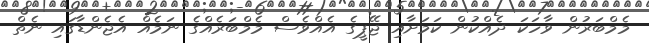
މެމްބަރުން ވާހަކަ ދެއްކުން ކަމަށާއި ޖޭޕީގެ އެއްވެސް މެމްބަރެއްގެ ނަމެއް އެޖެންޑާގައި ނެތް